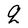
Character: q